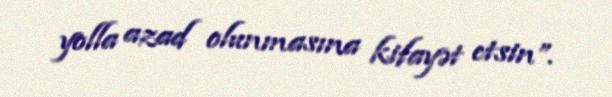
yolla azad olunmasına kifayət etsin”.